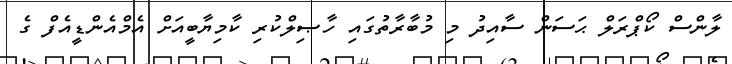
ލާންސް ކޯޕްރަލް ޙަސަން ސާއިދު މި މުބާރާތުގައި ހާޞިލްކުރި ކާމިޔާބީއަށް އެމްއެންޑީއެފް ގެ